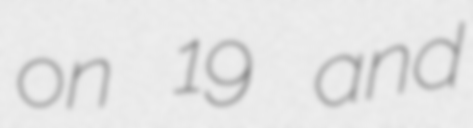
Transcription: on 19 and